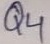
Text: Q4